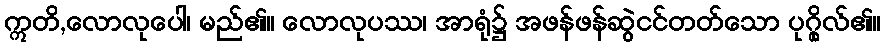
ဣတိ,လောလုပေါ၊ မည်၏။ လောလုပဿ၊ အာရုံ၌ အဖန်ဖန်ဆွဲငင်တတ်သော ပုဂ္ဂိုလ်၏။